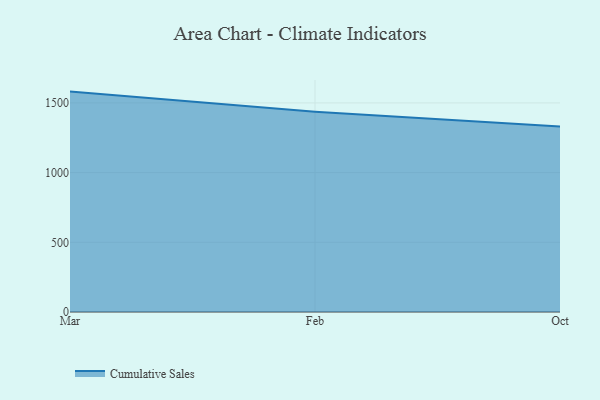
{"axis": {"x": "Month", "y": "Conversion Rate (%)"}, "legend": ["Cumulative Sales"], "data": [{"x": "Mar", "y": 1581.2, "type": "Cumulative Sales"}, {"x": "Feb", "y": 1436.9, "type": "Cumulative Sales"}, {"x": "Oct", "y": 1330.2, "type": "Cumulative Sales"}]}